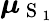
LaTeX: \boldsymbol{\mu}_{\mathrm{~S~}_{1}}